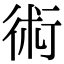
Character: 術